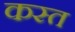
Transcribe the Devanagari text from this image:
कस्त